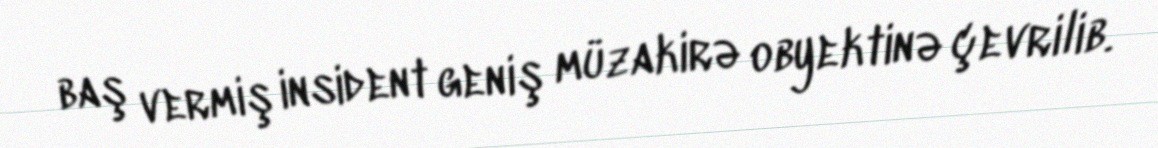
baş vermiş insident geniş müzakirə obyektinə çevrilib.